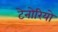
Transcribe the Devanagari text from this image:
टेनोरियो